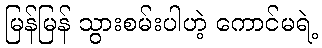
မြန်မြန် သွားစမ်းပါဟဲ့ ကောင်မရဲ့